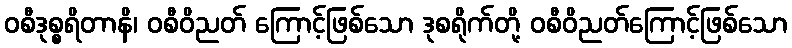
ဝစီဒုစ္စရိတာနိ၊ ဝစီဝိညတ် ကြောင့်ဖြစ်သော ဒုစရိုက်တို့ ဝစီဝိညတ်ကြောင့်ဖြစ်သော